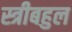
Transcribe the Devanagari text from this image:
स्त्रीबहुल